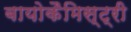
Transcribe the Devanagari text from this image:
बायोकैमिस्ट्री